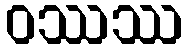
ဝဿဿ